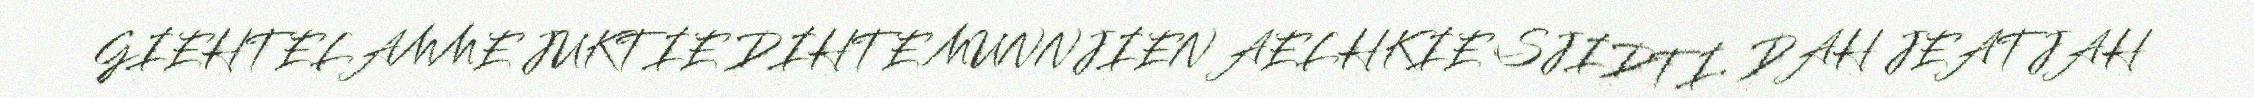
GIEHTELAMME JUKTIE DIHTE MUNNJIEN AELHKIE SJIDTI. DAH JEATJAH